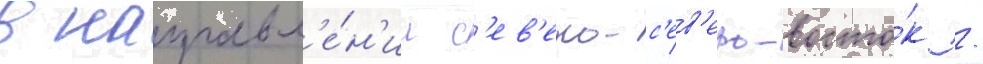
в направл'е́н'ии с'ев'еро-с'ев'еро-восто́к /